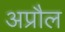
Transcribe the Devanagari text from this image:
अप्रौल